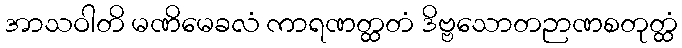
အာသဝါတိ မဏိမေခလံ ကာရဏတ္ထတံ ဒိဗ္ဗသောတဉာဏစတုတ္ထံ